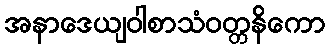
အနာဒေယျဝါစာသံဝတ္တနိကော